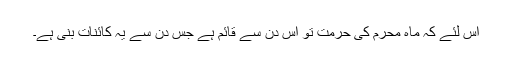
اس لئے کہ ماہِ محرم کی حرمت تو اس دن سے قائم ہے جس دن سے یہ کائنات بنی ہے۔